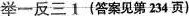
么举一反三1(答案见第234页)